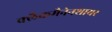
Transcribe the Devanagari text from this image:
क्लैकमैनेनशायर